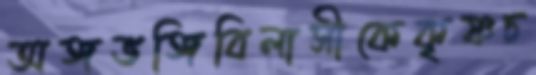
অঙ্গভঙ্গিবিলাসীকেকৃষ্ণচ